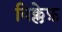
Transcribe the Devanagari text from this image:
विक्लेफ़